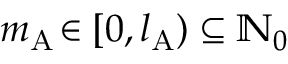
m _ { \mathrm { A } } \! \in [ 0 , l _ { \mathrm { A } } ) \subseteq \mathbb { N } _ { 0 }